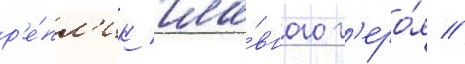
р'е́пл'ик гла́вного г'еро́я //